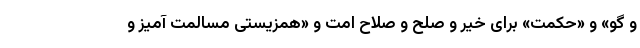
و گو» و «حکمت» برای خیر و صلح و صلاح امت و «همزیستی مسالمت آمیز و